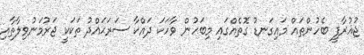
ޖުޣުރާފީ ބެހުންތައް މައިގަނޑު ގޮތެއްގައި މިބަހުން ވާހަކަ ދައްކާ ސަރަޙައްދު ތަކަކީ ޖަރުމަނުވިލާތާއި